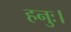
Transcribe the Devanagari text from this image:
हनुः।